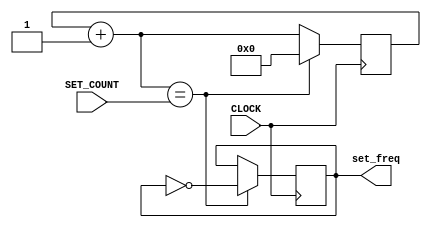
`timescale 1ns / 1ps
//////////////////////////////////////////////////////////////////////////////////
// Company: 
// Engineer: 
// 
// Design Name: 
// Module Name: adj_clk_module
// Project Name: 
// Target Devices: 
// Tool Versions: 
// Description: 
// 
// Dependencies: 
// 
// Revision:
// Revision 0.01 - File Created
// Additional Comments:
// 
//////////////////////////////////////////////////////////////////////////////////


module adj_clk_module(input CLOCK,
input[40:0] SET_COUNT, //number of bits must change accordingly.
output reg set_freq=0

    );
    
    
    reg[40:0] COUNT =0;
    always @(posedge CLOCK) begin
    
    COUNT = COUNT + 1;
    set_freq <= (COUNT == SET_COUNT) ? ~set_freq: set_freq;
    COUNT = (COUNT == SET_COUNT) ? 0:COUNT; 
    end
    
endmodule